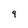
Character: 9